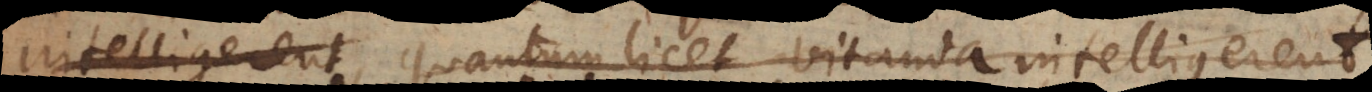
quantum licet vitanda intelligerent